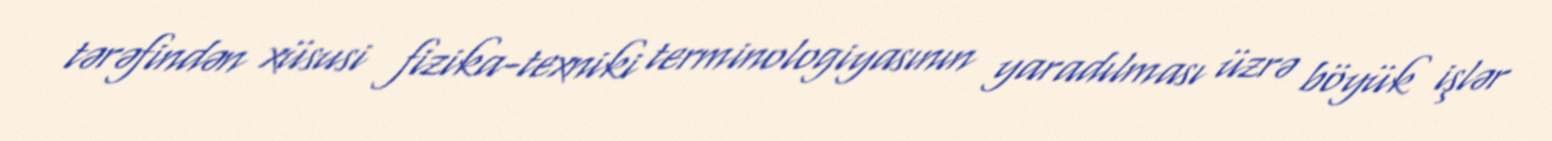
tərəfindən xüsusi fizika-texniki terminologiyasının yaradılması üzrə böyük işlər